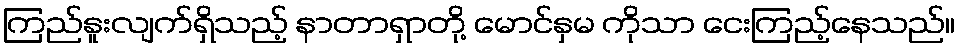
ကြည်နူးလျက်ရှိသည့် နာတာရှာတို့ မောင်နှမ ကိုသာ ငေးကြည့်နေသည်။